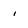
Character: i